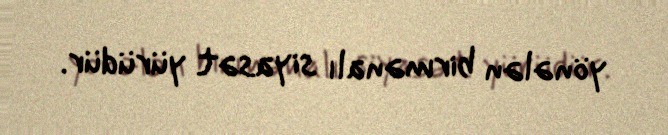
yönələn birmənalı siyasət yürüdür.